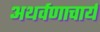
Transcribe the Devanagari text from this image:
अथर्वणाचार्य